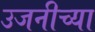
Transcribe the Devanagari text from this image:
उजनीच्या